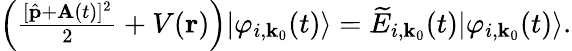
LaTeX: \begin{array}{r}{\left(\frac{[\hat{\textbf{p}}+\textbf{A}(t)]^{2}}{2}+V(\textbf{r})\right)|\varphi_{i,\textbf{k}_{0}}(t)\rangle=\widetilde{E}_{i,\textbf{k}_{0}}(t)|\varphi_{i,\textbf{k}_{0}}(t)\rangle.}\end{array}